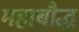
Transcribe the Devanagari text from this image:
महाबौद्ध